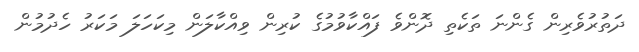
ދަތުރުވެރިން ގެންނަ ތަކެތި ދޮންވެ ފައްކާވުމުގެ ކުރިން ވިއްކާލަން މިކަހަލަ މަކަރު ހެދުމުން